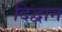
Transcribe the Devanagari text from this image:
दिद्वान